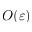
O ( \varepsilon )